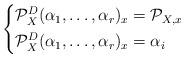
LaTeX: \begin{align*}\left \{ \begin{aligned} \mathcal P_X^D(\alpha_1, \dots, \alpha_r)_x &= \mathcal P_{X, x} & \\ \mathcal P_X^D(\alpha_1, \dots, \alpha_r)_x &= \alpha_i & \end{aligned} \right.\end{align*}